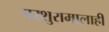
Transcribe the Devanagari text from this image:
परशुरामालाही